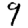
Digit: 9